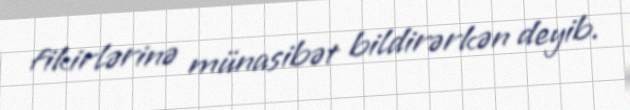
fikirlərinə münasibət bildirərkən deyib.